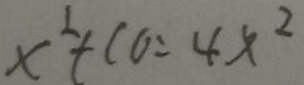
x ^ { 2 } + C O = 4 x ^ { 2 }